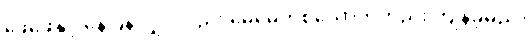
ဖေဖေနှင့် နေပြန်လျှင်လည်း မေမေတစ်ယောက်တည်း ကျန်ခဲ့မည်။